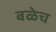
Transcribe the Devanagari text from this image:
बळेच